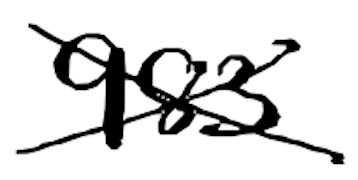
Text: 983
Cross-out: mix
Writing tool: digital_black